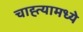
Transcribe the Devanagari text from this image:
चाह्त्यामध्ये